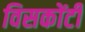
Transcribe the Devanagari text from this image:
विसकोंटी